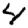
Digit: 4